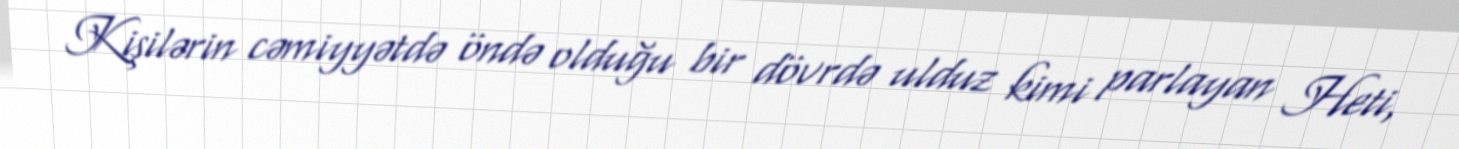
Kişilərin cəmiyyətdə öndə olduğu bir dövrdə ulduz kimi parlayan Heti,